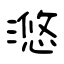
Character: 滺